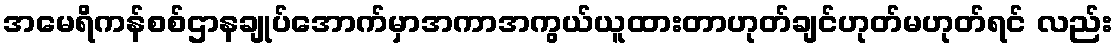
အမေရိကန်စစ်ဌာနချုပ်အောက်မှာအကာအကွယ်ယူထားတာဟုတ်ချင်ဟုတ်မဟုတ်ရင် လည်း